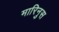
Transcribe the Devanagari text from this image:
मारिनुस